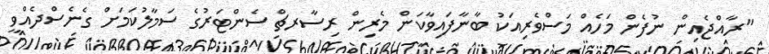
"ރާއްޖެއިން ނުފެން މަހެއް މަސްވެރިއަކު ބާނާފައިވާކަން މެރިން ރިސާރޗް ސެންޓަރުގެ ސަމާލުކަމަށް ގެނެސްދެއްވީ